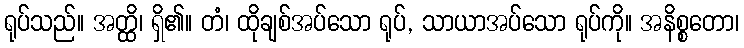
ရုပ်သည်။ အတ္ထိ၊ ရှိ၏။ တံ၊ ထိုချစ်အပ်သော ရုပ်, သာယာအပ်သော ရုပ်ကို။ အနိစ္စတော၊